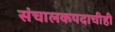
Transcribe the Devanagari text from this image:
संचालकपदाचीही